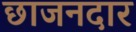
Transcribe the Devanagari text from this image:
छाजनदार